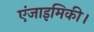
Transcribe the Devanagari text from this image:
एंजाइमिकी।